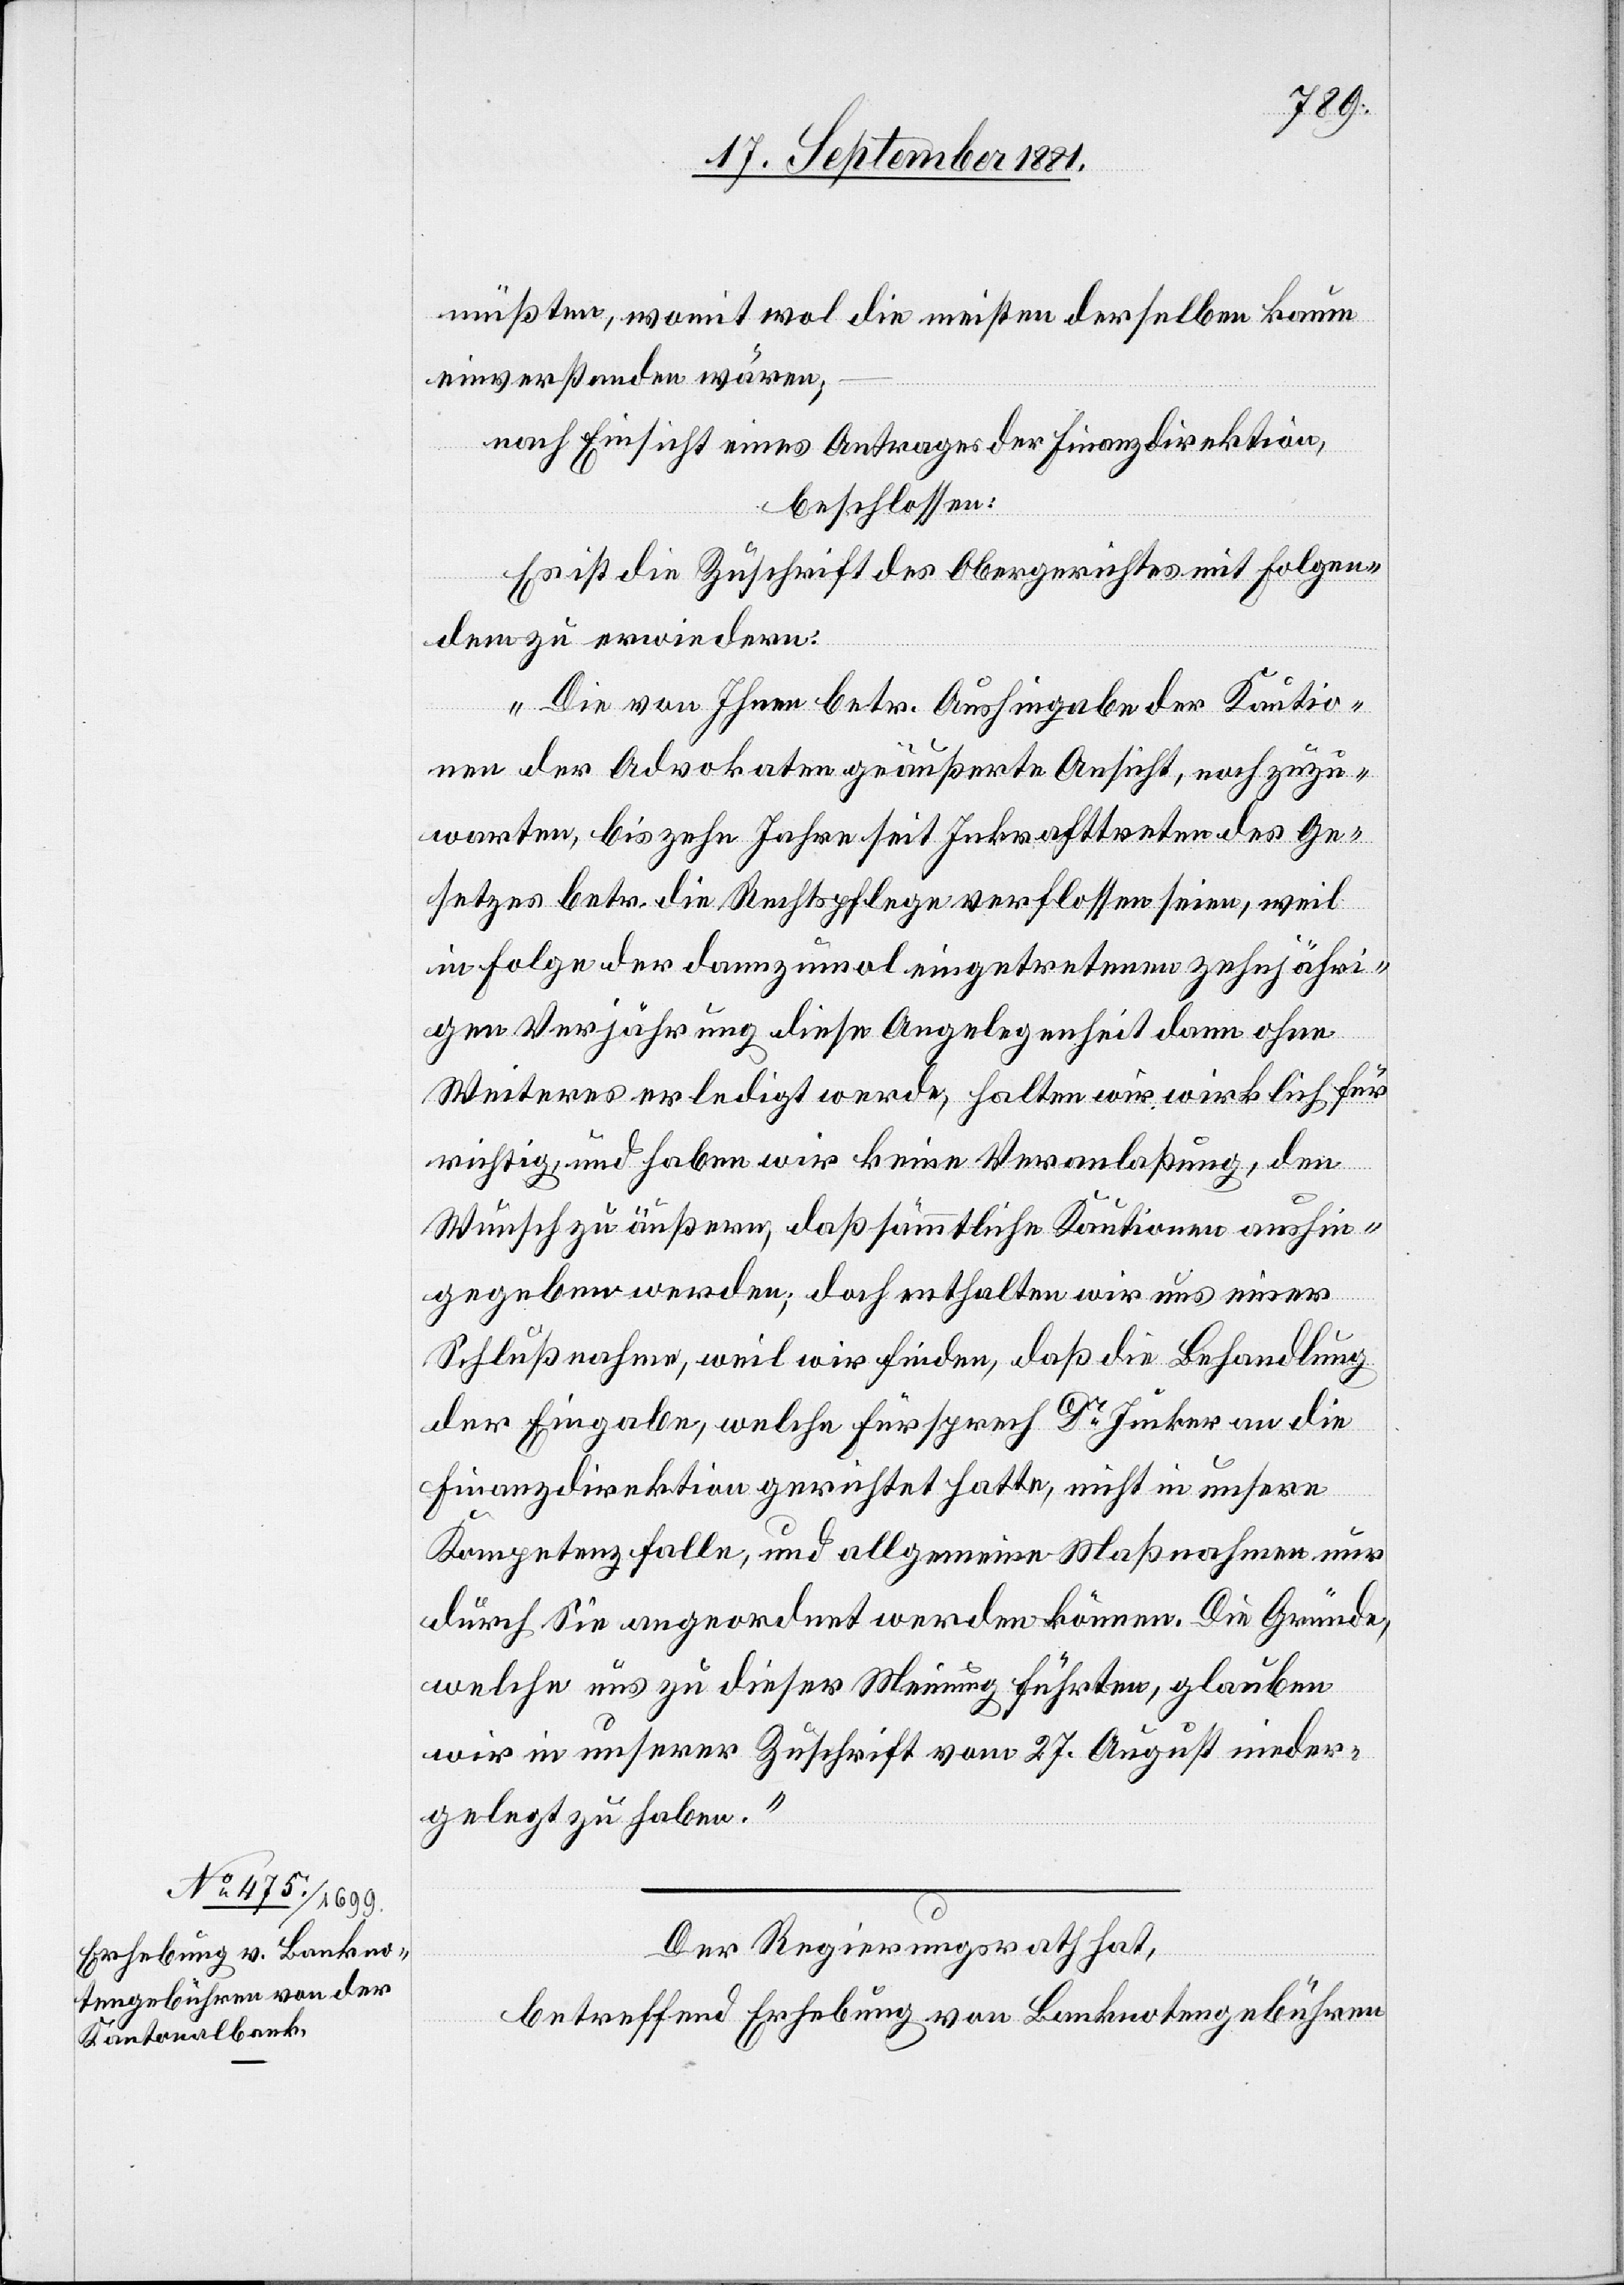
müßten, womit wol die meisten derselben kaum
einverstanden wären;
nach Einsicht eines Antrages der Finanzdirektion,
beschlossen:
Es ist die Zuschrift des Obergerichtes mit Folgen¬
dem zu erwiedern:
„Die von Ihnen betr. Aushingabe der Kautio¬
nen der Advokaten geäußerte Ansicht, noch zuzu¬
warten, bis zehn Jahre seit Inkrafttreten des Ge¬
setzes betr. die Rechtspflege verflossen seien, weil
in Folge der dannzumal eingetretenen zehnjähri¬
gen Verjährung diese Angelegenheit dann ohne
Weiteres erledigt werde, halten wir wirklich für
richtig, und haben wir keine Veranlaßung, den
Wunsch zu äußern, daß sämmtliche Kautionen aushin¬
gegeben werden; doch enthalten wir uns einer
Schlußnahme, weil wir finden, daß die Behandlung
der Eingabe, welche Fürsprech Dr Jucker an die
Finanzdirektion gerichtet hatte, nicht in unsere
Kompetenz falle, und allgemeine Maßnahmen nur
durch Sie angeordnet werden können. Die Gründe,
welche uns zu dieser Meinung führten, glauben
wir in unserer Zuschrift vom 27. August nieder¬
gelegt zu haben.“
Der Regierungsrath hat,
betreffend Erhebung von Banknotengebühren